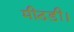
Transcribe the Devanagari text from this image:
मीठड़ी।